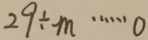
2 9 \div m \cdots 0